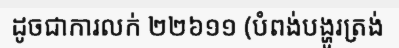
ដូចជាការលក់ ២២៦១១ (បំពង់បង្ហូរត្រង់